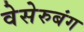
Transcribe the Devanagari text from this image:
वेसेरुबंग